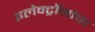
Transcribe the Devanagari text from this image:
इलेक्ट्रॉनांचा